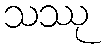
သဿု